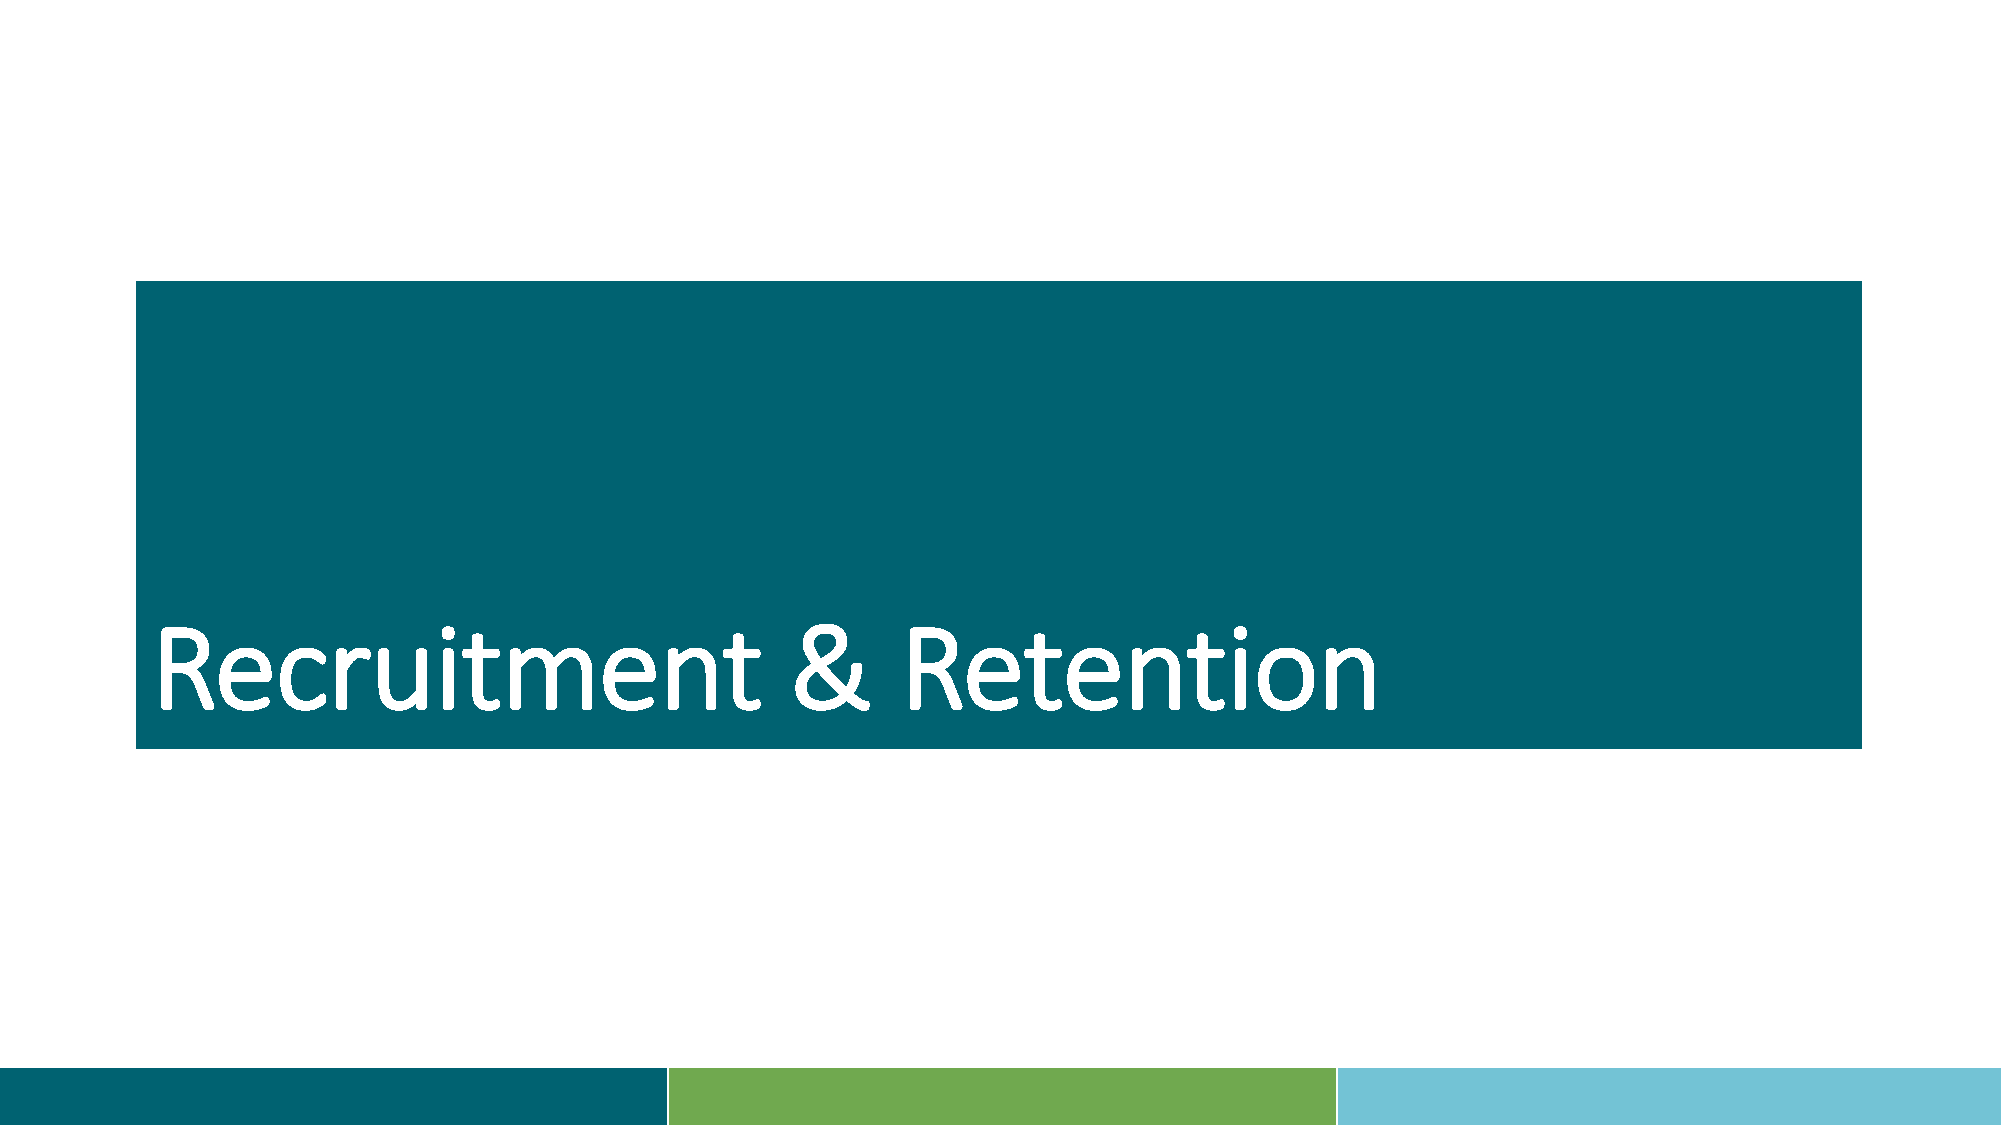
Recruitment                               &       Retention